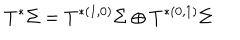
T ^ { * } \Sigma = T ^ { * ( 1 , 0 ) } \Sigma \oplus T ^ { * ( 0 , 1 ) } \Sigma